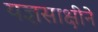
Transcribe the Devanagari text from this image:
यज्ञसाक्षीने